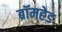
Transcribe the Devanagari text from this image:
ब्रॉमहेड